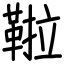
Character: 鞡